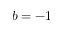
b = - 1